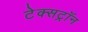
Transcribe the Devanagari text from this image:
टेक्सट्रॉन